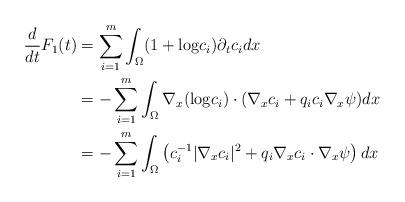
LaTeX: \begin{align*}\frac{d}{dt}F_1(t) & = \sum_{i=1}^m \int_{\Omega} (1+{\rm log} c_i)\partial_t c_idx \\& =- \sum_{i=1}^m \int_{\Omega} \nabla_x ({\rm log} c_i)\cdot (\nabla_x c_i+q_ic_i \nabla_x \psi)dx\\& = - \sum_{i=1}^m \int_{\Omega} \left( c_i^{-1}|\nabla_x c_i|^2 +q_i\nabla_x c_i \cdot \nabla_x \psi \right)dx\end{align*}